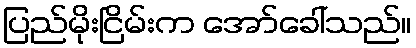
ပြည်မိုးငြိမ်းက အော်ခေါ်သည်။